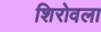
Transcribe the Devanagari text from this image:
शिरोवला